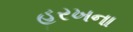
હરખના